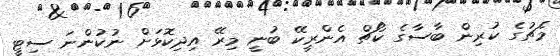
މެޗުގެ ކުރިން ބާސާގެ ކޯޗް އެންރީކޭ ބުނީ މިރޭ އިދިކޮޅަށް ނުކުންނަ ސިޓީ